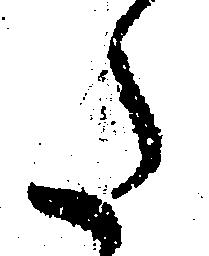
た